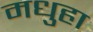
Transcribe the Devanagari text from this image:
मधुहा